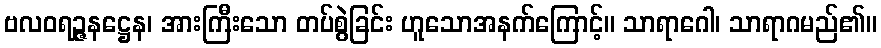
ဗလဝရဉ္ဇနဋ္ဌေန၊ အားကြီးသော တပ်စွဲခြင်း ဟူသောအနက်ကြောင့်။ သာရာဂေါ၊ သာရာဂမည်၏။